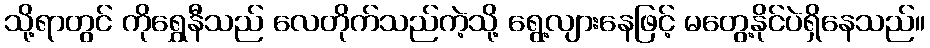
သို့ရာတွင် ကိုရွှေနီသည် လေတိုက်သည်ကဲ့သို့ ရွေ့လျားနေဖြင့် မတွေ့နိုင်ပဲရှိနေသည်။